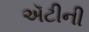
ઍટીની